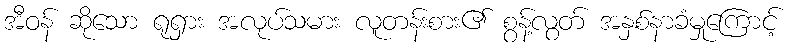
အီဝန် ဆိုသော ရုရှား အလုပ်သမား လူတန်းစား၏ စွန့်လွတ် အနှစ်နာခံမှုကြောင့်